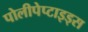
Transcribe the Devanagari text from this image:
पोलीपेप्टाइड्स